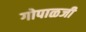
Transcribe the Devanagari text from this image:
गोपाळजी